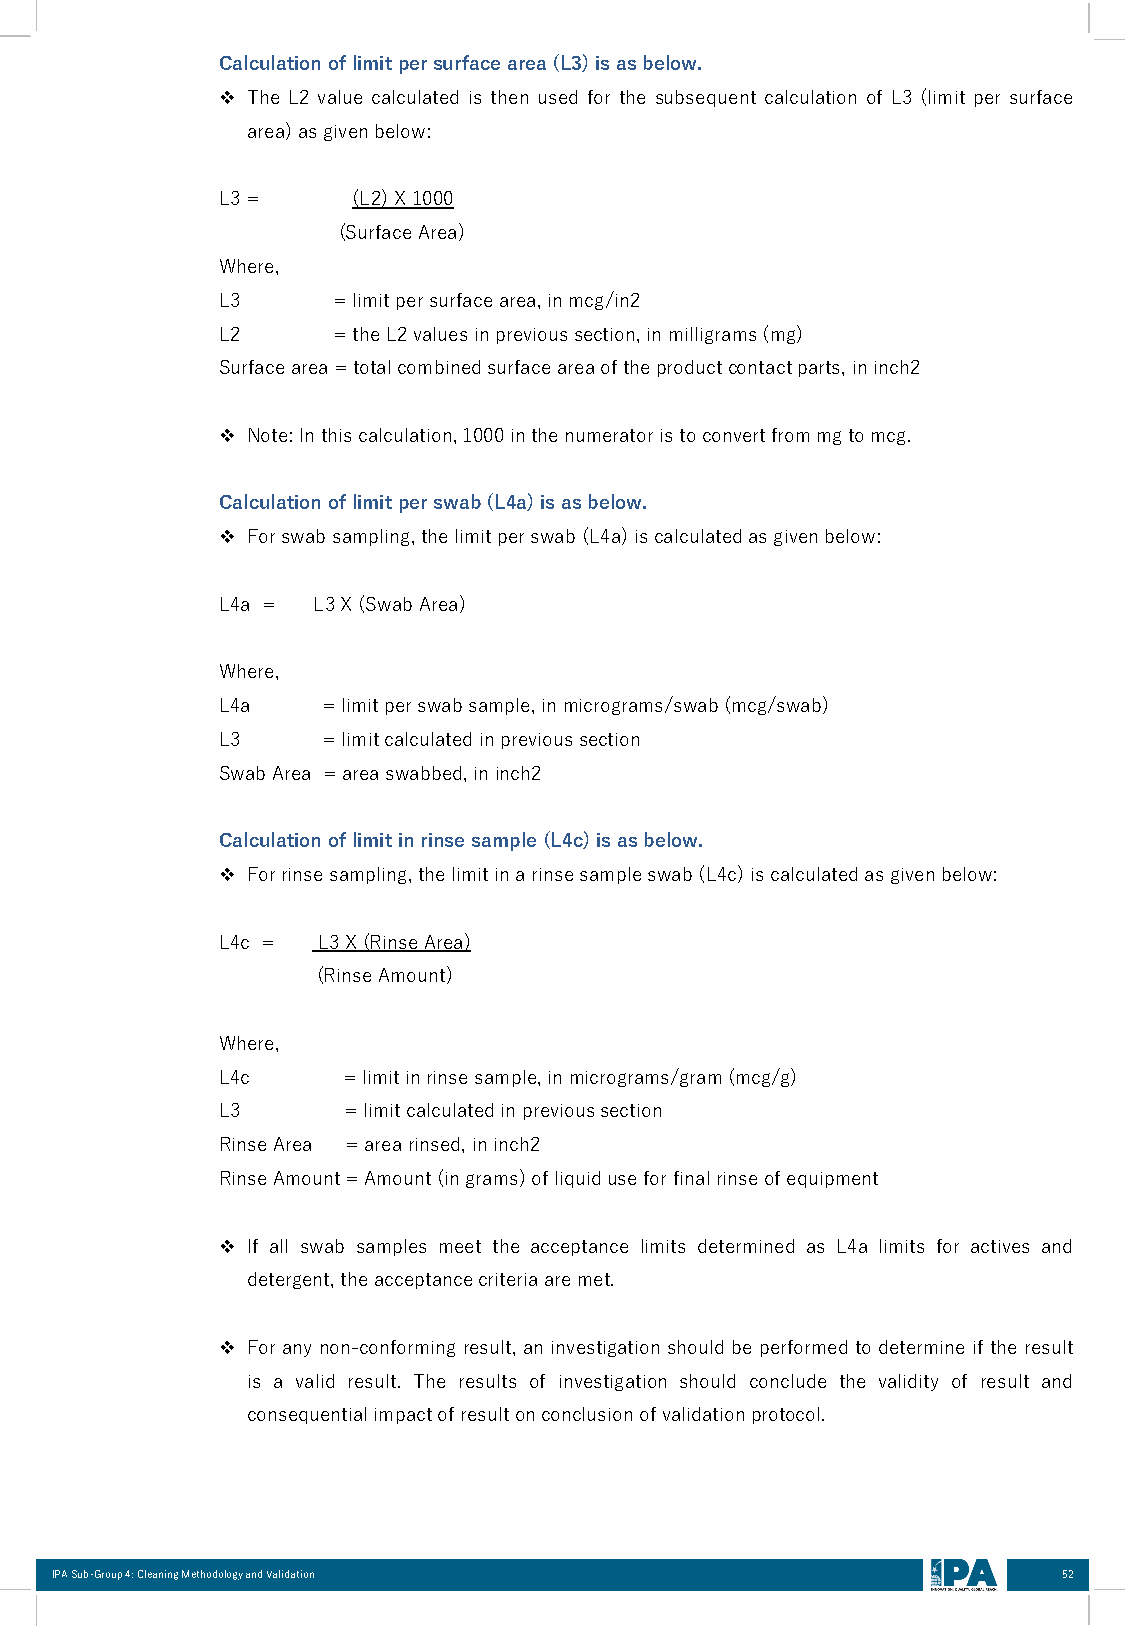
Calculationoflimitpersurfacearea(L3)isasbelow.
 ❖ The L2 value calculated is then used for the subsequent calculation of L3 (limit per surface
 area)asgivenbelow:
 L3=      (L2)X1000
 (SurfaceArea)
 Where,
 L3      =limitpersurfacearea,inmcg/in2
 L2      =theL2valuesinprevioussection,inmilligrams(mg)
 Surfacearea=totalcombinedsurfaceareaoftheproductcontactparts,ininch2
 ❖ Note:Inthiscalculation,1000inthenumeratoristoconvertfrommgtomcg.
 Calculationoflimitperswab(L4a)isasbelow.
 ❖ Forswabsampling,thelimitperswab(L4a)iscalculatedasgivenbelow:
 L4a =  L3X(SwabArea)
 Where,
 L4a    =limitperswabsample,inmicrograms/swab(mcg/swab)
 L3     =limitcalculatedinprevioussection
 SwabArea =areaswabbed,ininch2
 Calculationoflimitinrinsesample(L4c)isasbelow.
 ❖ Forrinsesampling,thelimitinarinsesampleswab(L4c)iscalculatedasgivenbelow:
 L4c =  L3X(RinseArea)
 (RinseAmount)
 Where,
 L4c      =limitinrinsesample,inmicrograms/gram(mcg/g)
 L3       =limitcalculatedinprevioussection
 RinseArea =arearinsed,ininch2
 RinseAmount=Amount(ingrams)ofliquiduseforfinalrinseofequipment
 ❖ If all swab samples meet the acceptance limits determined as L4a limits for actives and
 detergent,theacceptancecriteriaaremet.
 ❖ Forany non-conforming result,an investigation shouldbe performedto determine if the result
 is a valid result. The results of investigation should conclude the validity of result and
 consequentialimpactofresultonconclusionofvalidationprotocol.
 IPA Sub-Group 4: Cleaning Methodology and Validation               52